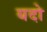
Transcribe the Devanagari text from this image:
यदो